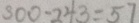
3 0 0 - 2 4 3 = 5 7